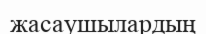
жасаушылардың